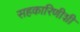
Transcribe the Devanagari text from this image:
सहकारिणीशी